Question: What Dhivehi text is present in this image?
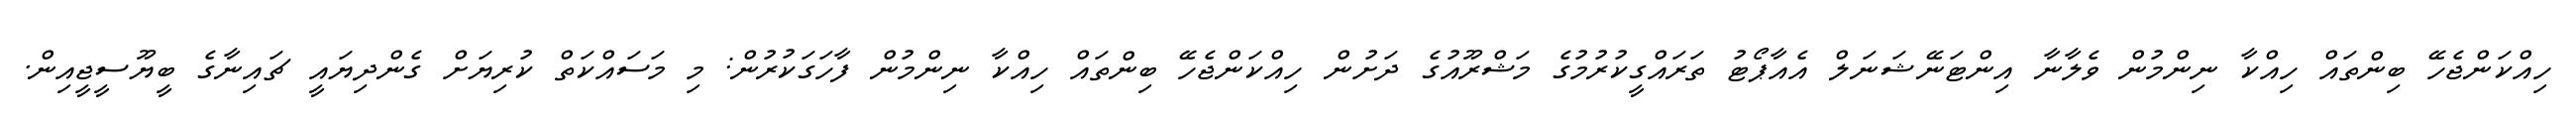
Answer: ހިއްކަންޖެހޭ ބިންތައް ހިއްކާ ނިންމުން ވެލާނާ އިންޓަނޭޝަނަލް އެއާޕޯޓު ތަރައްގީކުރުމުގެ މަޝްރޫއުގެ ދަށުން ހިއްކަންޖެހޭ ބިންތައް ހިއްކާ ނިންމުން ފާހަގަކުރުން: މި މަސައްކަތް ކުރިޔަށް ގެންދިޔައީ ޗައިނާގެ ބީޔޫސީޖީއިން.